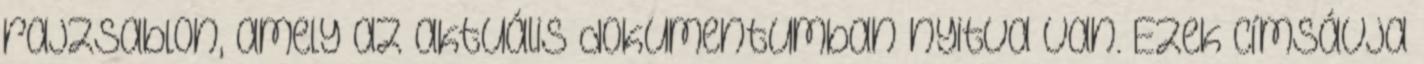
rajzsablon, amely az aktuális dokumentumban nyitva van. Ezek címsávja